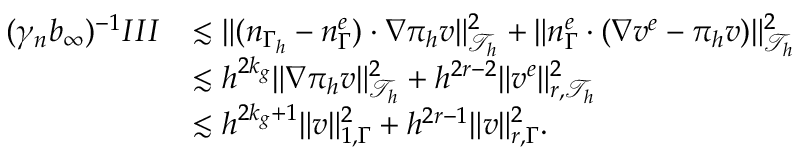
\begin{array} { r l } { ( \gamma _ { n } b _ { \infty } ) ^ { - 1 } I I I } & { \lesssim \| ( n _ { \Gamma _ { h } } - n _ { \Gamma } ^ { e } ) \cdot \nabla \pi _ { h } v \| _ { \mathcal { T } _ { h } } ^ { 2 } + \| n _ { \Gamma } ^ { e } \cdot ( \nabla v ^ { e } - \pi _ { h } v ) \| _ { \mathcal { T } _ { h } } ^ { 2 } } \\ & { \lesssim h ^ { 2 k _ { g } } \| \nabla \pi _ { h } v \| _ { \mathcal { T } _ { h } } ^ { 2 } + h ^ { 2 r - 2 } \| v ^ { e } \| _ { r , \mathcal { T } _ { h } } ^ { 2 } } \\ & { \lesssim h ^ { 2 k _ { g } + 1 } \| v \| _ { 1 , \Gamma } ^ { 2 } + h ^ { 2 r - 1 } \| v \| _ { r , \Gamma } ^ { 2 } . } \end{array}